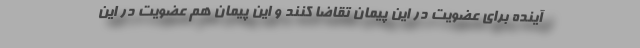
آینده برای عضویت در این پیمان تقاضا کنند و این پیمان هم عضویت در این